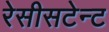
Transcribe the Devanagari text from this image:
रेसीसटेन्ट